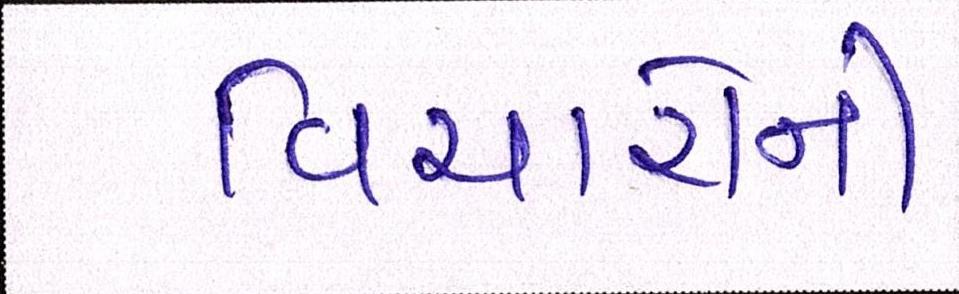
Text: વિચારોની